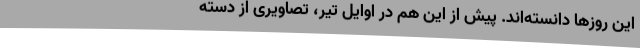
این روزها دانسته‌اند. پیش از این هم در اوایل تیر، تصاویری از دسته